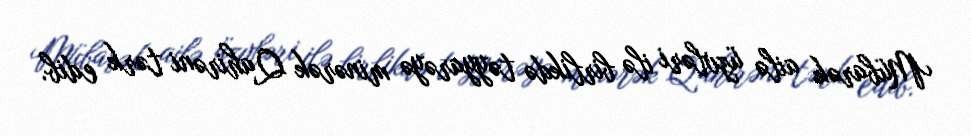
Mübarək ailə üzvləri ilə birlikdə təyyarəyə minərək Qahirəni tərk edib.